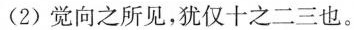
(2)觉向之所见，犹仅十之二三也。